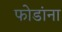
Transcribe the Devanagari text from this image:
फोडांना